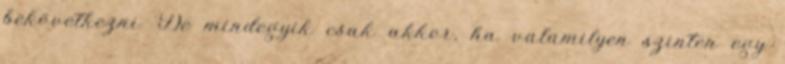
bekövetkezni. De mindegyik csak akkor, ha valamilyen szinten egy